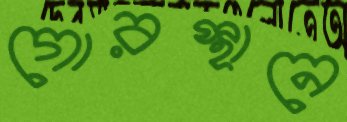
গোরস্থানে